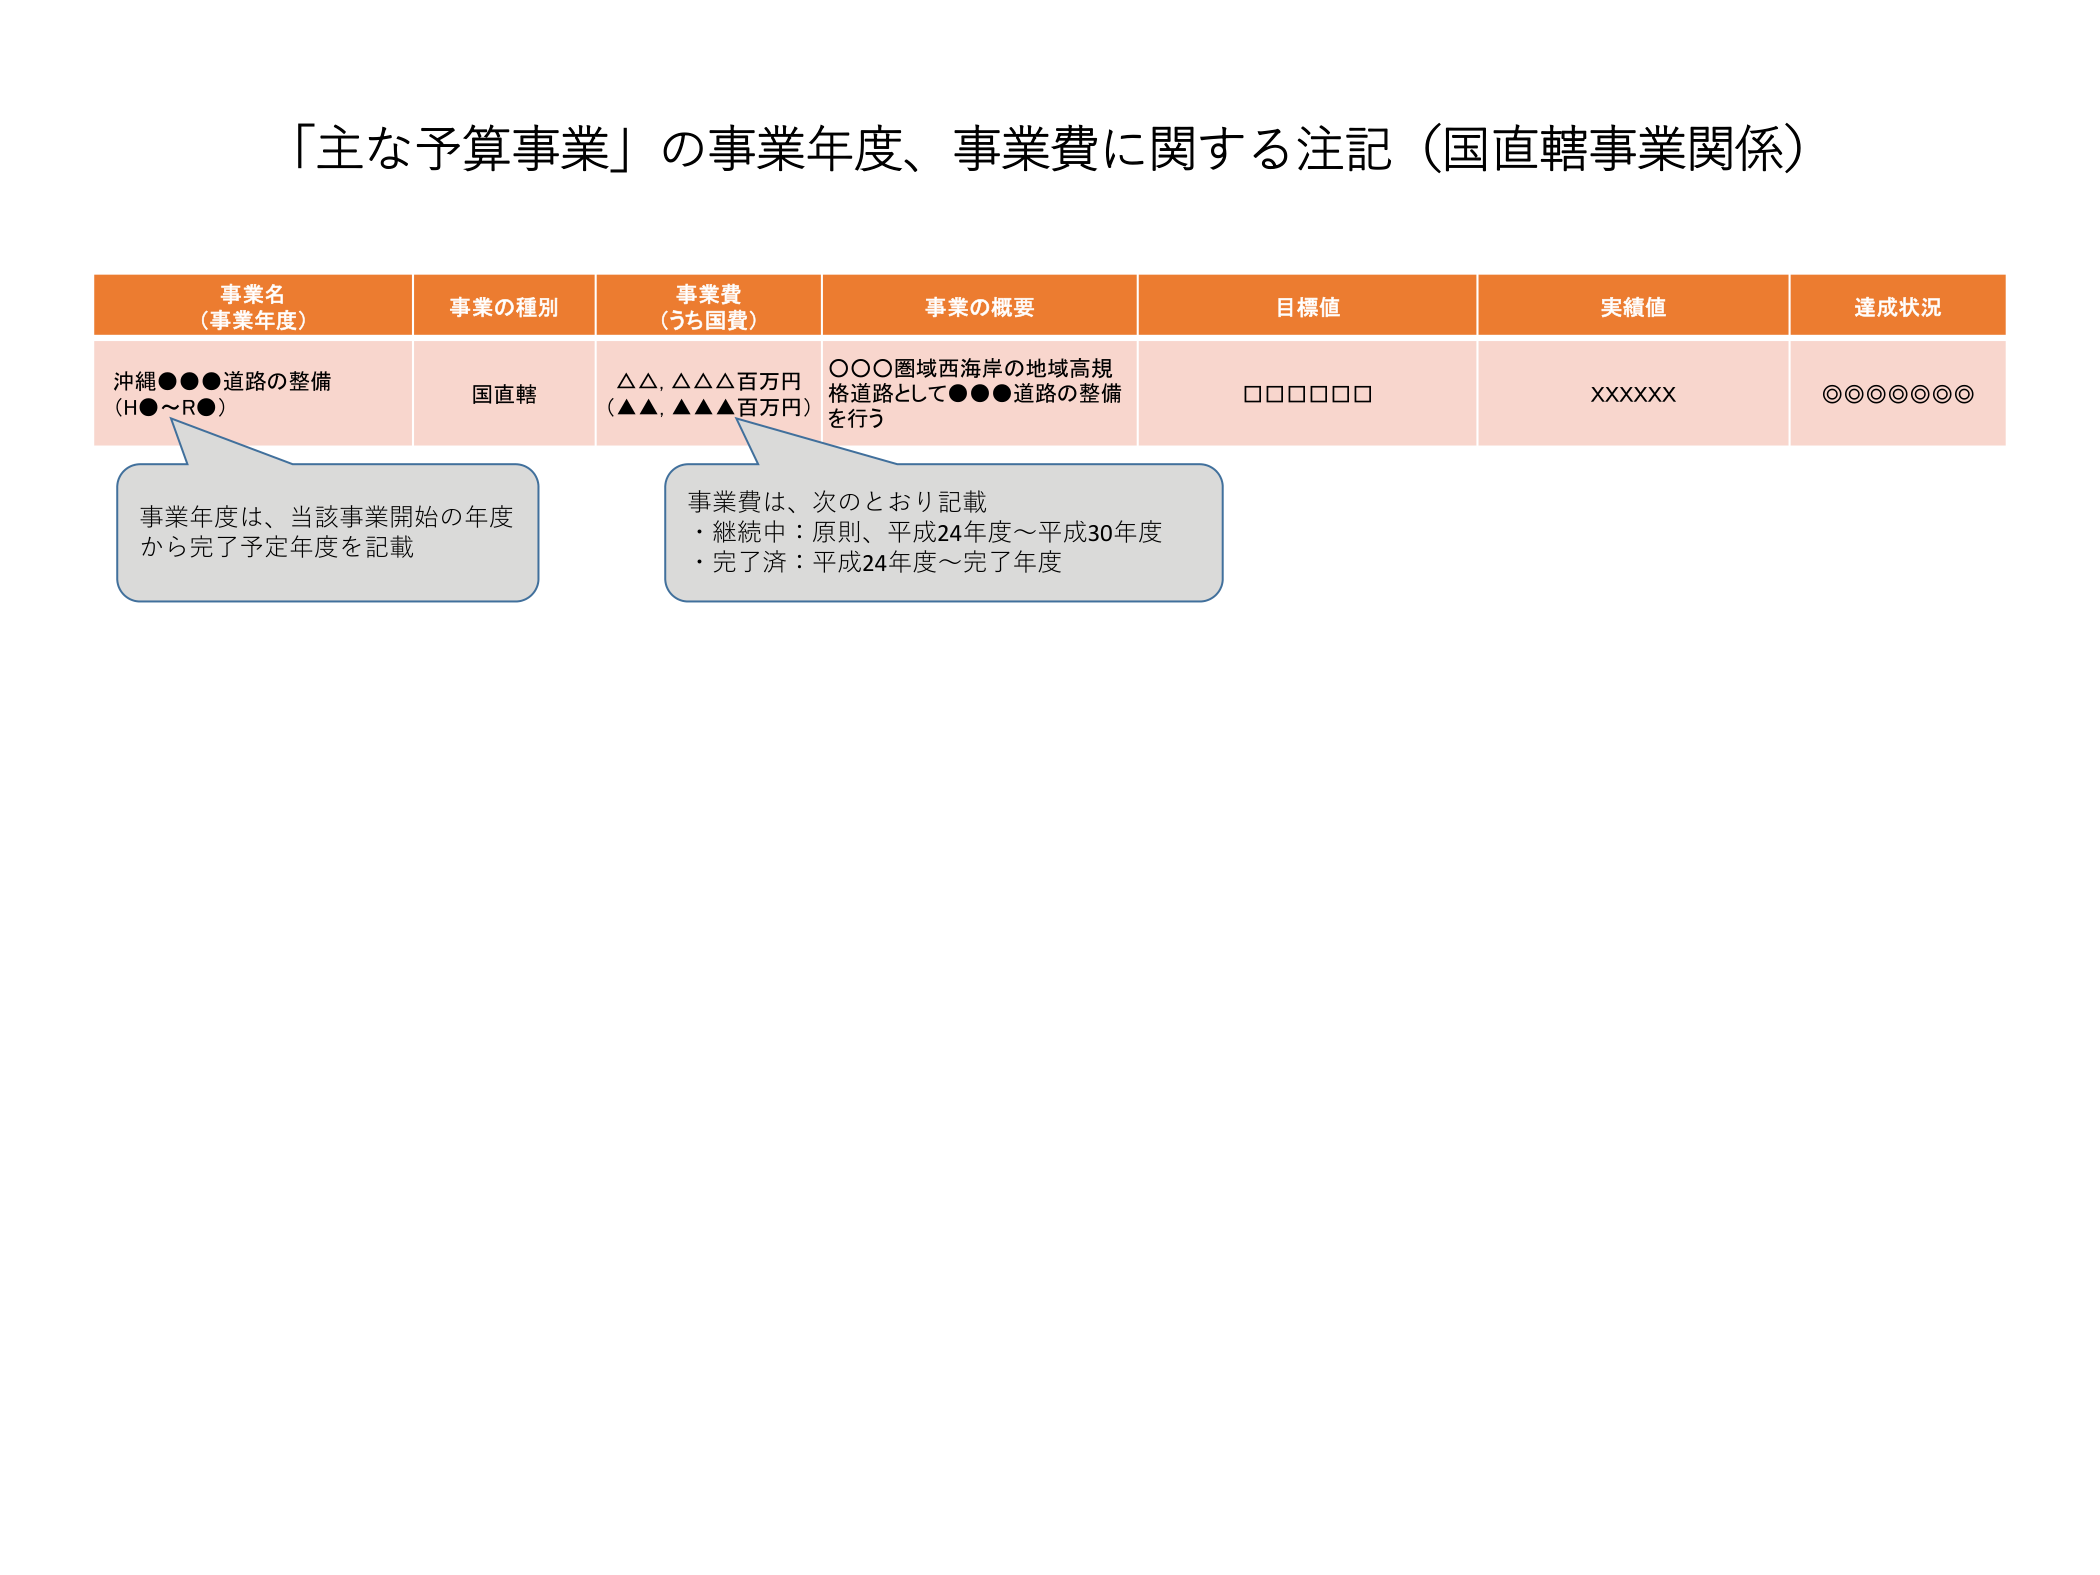
「主な予算事業」の事業年度、事業費に関する注記（国直轄事業関係）

事業名
（事業年度）
事業の種別
事業費
（うち国費）
事業の概要
目標値
実績値
達成状況

沖縄●●●道路の整備
（H●～R●）
国直轄
△△, △△△百万円
（▲▲, ▲▲▲百万円）
○○○圏域西海岸の地域高規格道路として●●●道路の整備を行う
□□□□□□
xxxxxx
◎◎◎◎◎◎◎

事業年度は、当該事業開始の年度から完了予定年度を記載

事業費は、次のとおり記載
・継続中：原則、平成24年度～平成30年度
・完了済：平成24年度～完了年度